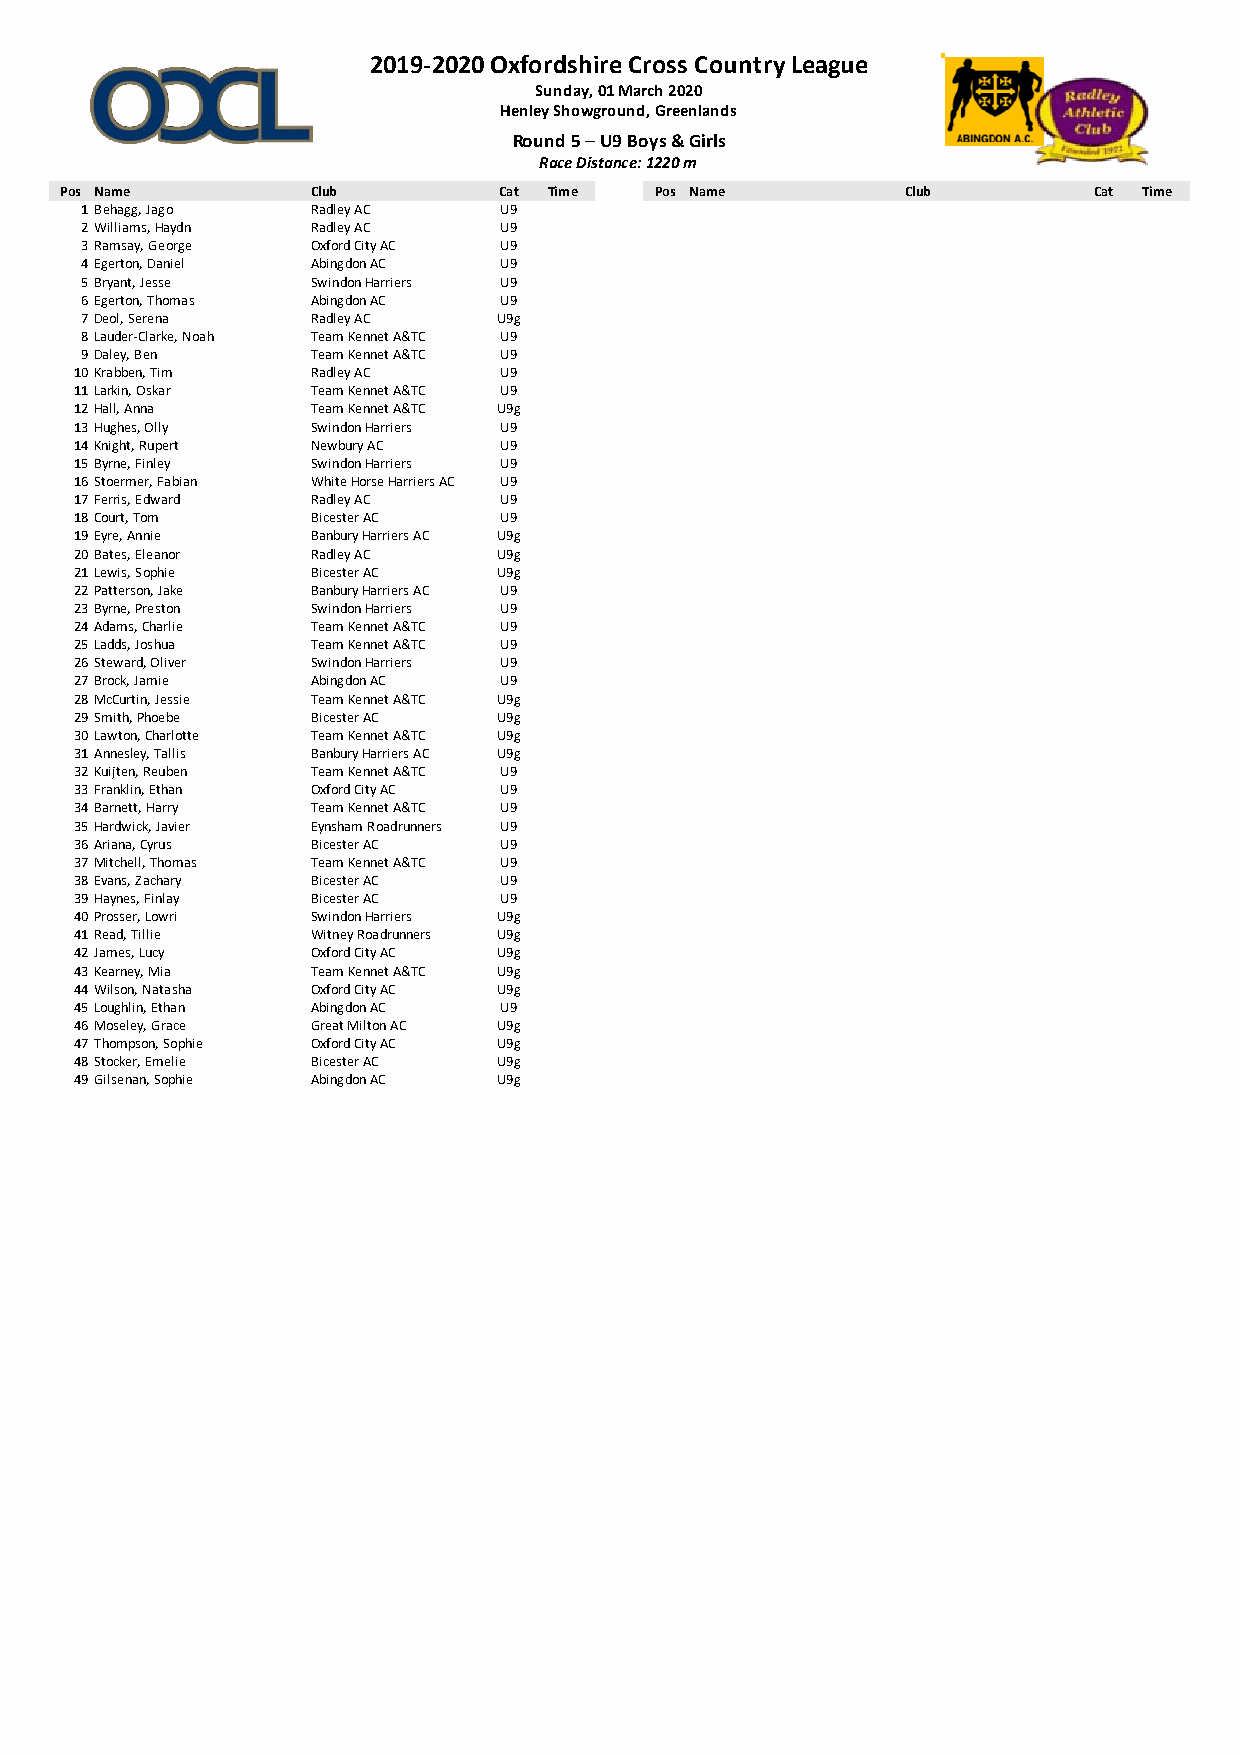
2019-2020 Oxfordshire Cross Country League
 Sunday, 01 March 2020
 Henley Showground, Greenlands
 Round 5 – U9 Boys & Girls
 Race Distance: 1220 m
 Pos Name         Club        Cat Time  Pos Name         Club        Cat Time
 1Behagg, Jago   Radley AC   U9
 2Williams, Haydn Radley AC  U9
 3Ramsay, George Oxford City AC U9
 4Egerton, Daniel Abingdon AC U9
 5Bryant, Jesse  Swindon Harriers U9
 6Egerton, Thomas Abingdon AC U9
 7Deol, Serena   Radley AC   U9g
 8Lauder-Clarke, Noah Team Kennet A&TC U9
 9Daley, Ben     Team Kennet A&TC U9
 10Krabben, Tim  Radley AC   U9
 11Larkin, Oskar Team Kennet A&TC U9
 12Hall, Anna    Team Kennet A&TC U9g
 13Hughes, Olly  Swindon Harriers U9
 14Knight, Rupert Newbury AC U9
 15Byrne, Finley Swindon Harriers U9
 16Stoermer, Fabian White Horse Harriers AC U9
 17Ferris, Edward Radley AC  U9
 18Court, Tom    Bicester AC U9
 19Eyre, Annie   Banbury Harriers AC U9g
 20Bates, Eleanor Radley AC  U9g
 21Lewis, Sophie Bicester AC U9g
 22Patterson, Jake Banbury Harriers AC U9
 23Byrne, Preston Swindon Harriers U9
 24Adams, Charlie Team Kennet A&TC U9
 25Ladds, Joshua Team Kennet A&TC U9
 26Steward, Oliver Swindon Harriers U9
 27Brock, Jamie  Abingdon AC U9
 28McCurtin, Jessie Team Kennet A&TC U9g
 29Smith, Phoebe Bicester AC U9g
 30Lawton, Charlotte Team Kennet A&TC U9g
 31Annesley, Tallis Banbury Harriers AC U9g
 32Kuijten, Reuben Team Kennet A&TC U9
 33Franklin, Ethan Oxford City AC U9
 34Barnett, Harry Team Kennet A&TC U9
 35Hardwick, Javier Eynsham Roadrunners U9
 36Ariana, Cyrus Bicester AC U9
 37Mitchell, Thomas Team Kennet A&TC U9
 38Evans, Zachary Bicester AC U9
 39Haynes, Finlay Bicester AC U9
 40Prosser, Lowri Swindon Harriers U9g
 41Read, Tillie  Witney Roadrunners U9g
 42James, Lucy   Oxford City AC U9g
 43Kearney, Mia  Team Kennet A&TC U9g
 44Wilson, Natasha Oxford City AC U9g
 45Loughlin, Ethan Abingdon AC U9
 46Moseley, Grace Great Milton AC U9g
 47Thompson, Sophie Oxford City AC U9g
 48Stocker, Emelie Bicester AC U9g
 49Gilsenan, Sophie Abingdon AC U9g